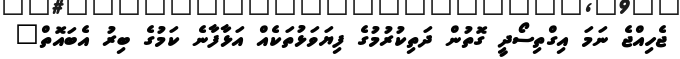
ޖެހިއްޖެ ނަމަ އިގްތިސޯދީ ގޮތުން ދަތިކުރުމުގެ ފިޔަވަޅުތަކެއް އަޅާފާނެ ކަމުގެ ބިރު އެބައޮތް"